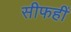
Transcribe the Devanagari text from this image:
सीफहीं